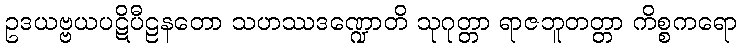
ဥဒယဗ္ဗယပဋိပီဠနတော သဟဿဒဏ္ဍောတိ သုဂုတ္တာ ရာဇဘူတတ္တာ ကိစ္စကရော